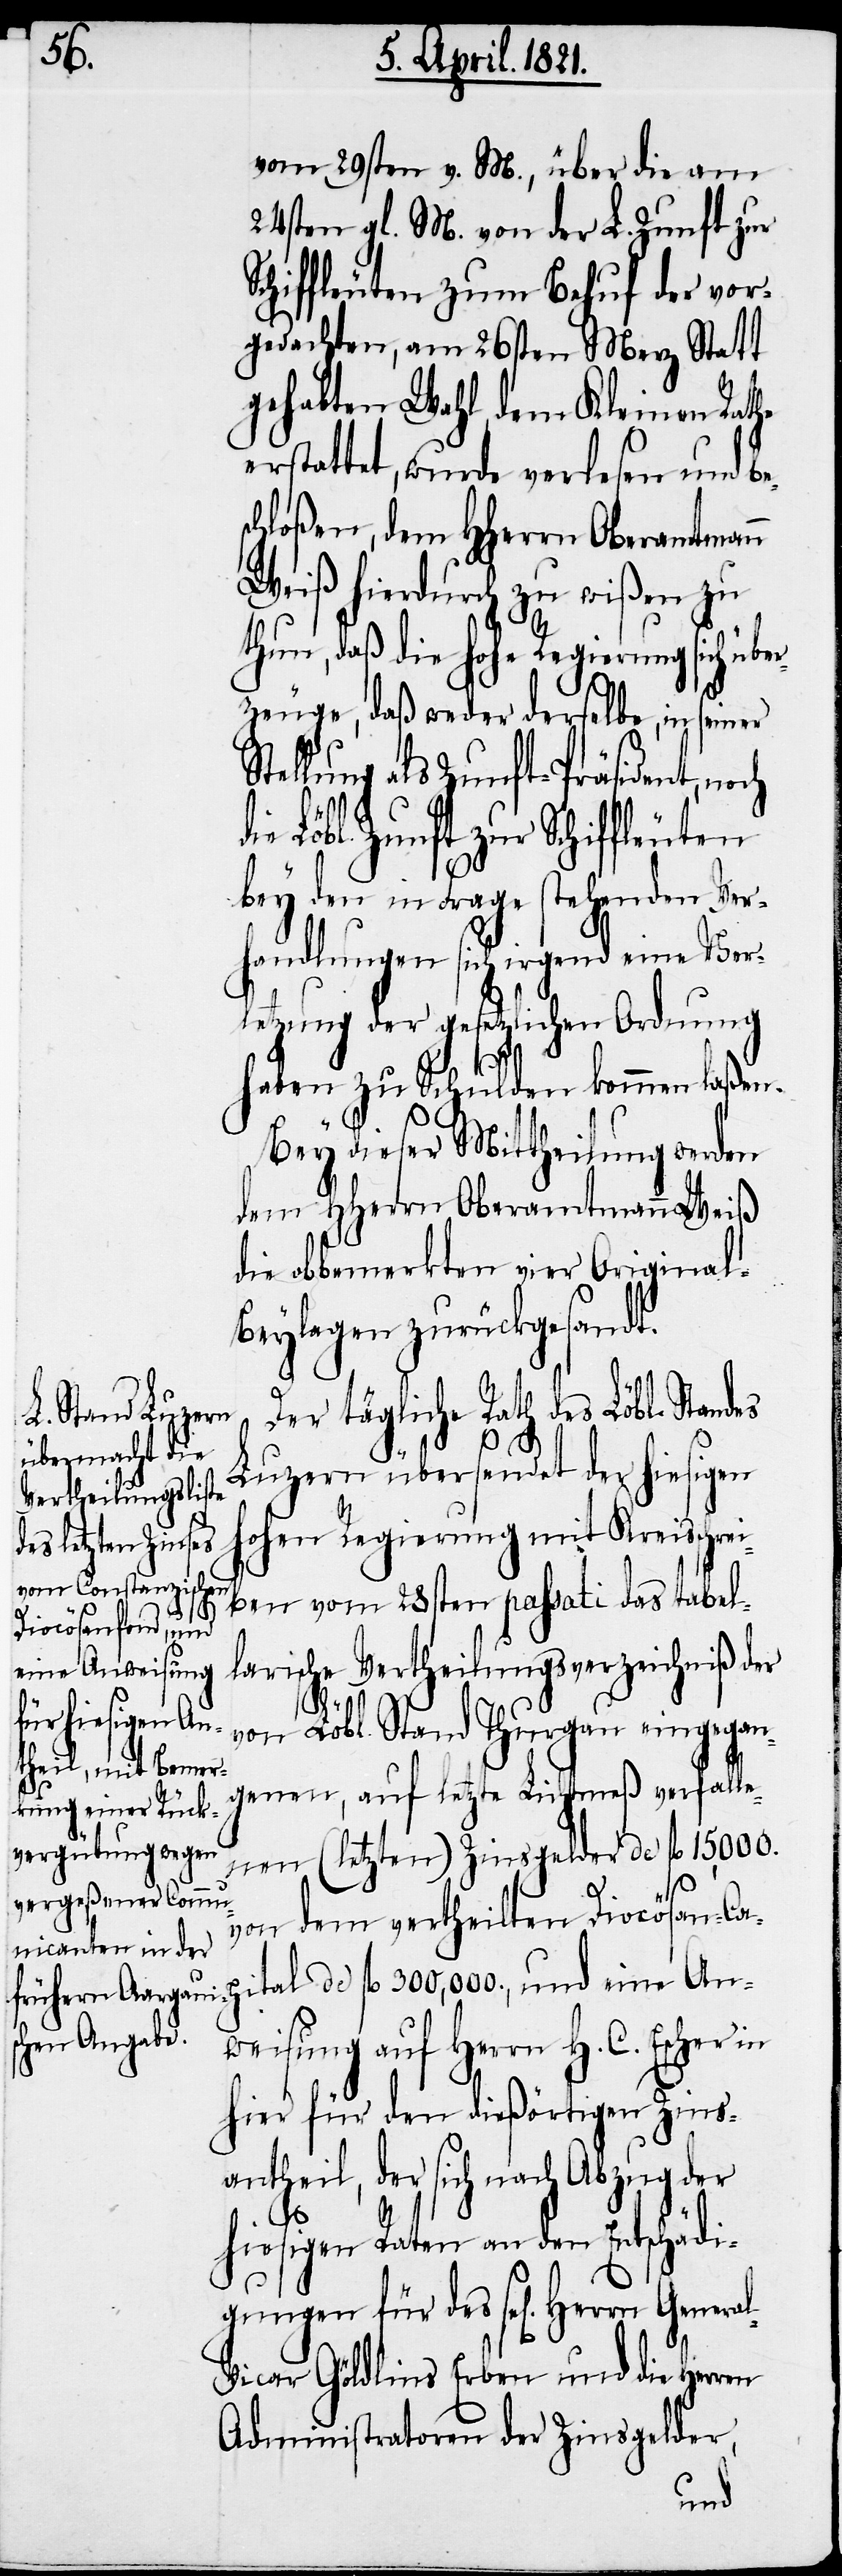
vom 29sten v. M., über die am
24sten gl. M. von der L. Zunft zur
Schiffleuten zum Behuf der vor¬
gedachten, am 26sten Merz Statt
gehabten Wahl, dem Kleinen Rathe
erstattet, wurde verlesen und be¬
chloßen, dem HHerrn Oberamtmann
Weiß hierdurch zu wißen zu
thun, daß die hohe Regierung sich übe¬
rzeuge, daß weder derselbe, in seiner
Stellung als Zunft-Präsident, noch
Löbl. Zunft zur Schiffleuten
bey den in Frage stehenden Ver¬
handlungen sich irgend eine Ver¬
letzung der gesetzlichen Ordnung
haben zu Schulden kommen laßen.
fl.
Bey dieser Mittheilung werden
dem HHerrn Oberamtmann Weiß
die obbemerkten vier Original-B¬
eylagen zurückgesandt.
Der tägliche Rath des Löbl. Stan¬
Luzern übersendet der hiesigen
ohen Regierung mit Kreisschr¬
ben vom 28sten passati das tabel¬
larische Vertheilungsverzeichniß der
al-V¬
von Löbl. Stand Thurgau eingegan¬
genen, auf letzte Lichtmeß verfalle¬
nen (letzten) Zinsgelder de fl. 15,000.
dem vertheilten Diocösan-Ca¬
von
weisung auf Herrn H. C. Escher in
hier für den dießörtigen Zins¬
antheil, der sich nach Abzug der
hiesigen Raten an den Entschädi¬
gungen für des sel[igen] Herrn
icar Göldlins Erben und die Herren
Administratoren der Zinsgelder,
eine